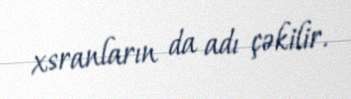
xsranların da adı çəkilir.